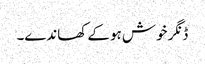
ڈنگر خوش ہو کے کھاندے۔